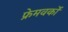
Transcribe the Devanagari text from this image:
फ्रेमवर्कों